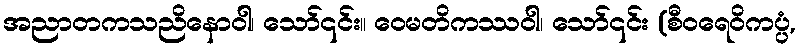
အညာတကသညိနောဝါ၊ သော်၎င်း။ ဝေမတိကဿဝါ၊ သော်၎င်း (စီဝရေဝိကပ္ပံ,